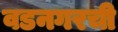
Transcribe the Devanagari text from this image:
वडनगरची